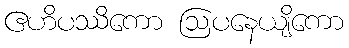
ဧဟိပဿိကော ဩပနေယျိကော